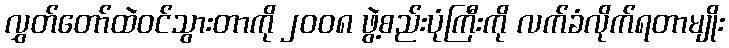
လွှတ်တော်ထဲဝင်သွားတာကို ၂၀၀၈ ဖွဲ့စည်းပုံကြီးကို လက်ခံလိုက်ရတာမျိုး